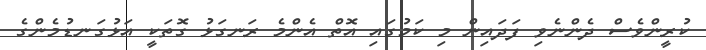
ކުރީންވެސް ދެންނެވި ފަދައިން މި ކަމުގައި އޮތް އެންމެ ރަނގަޅު ގޮތަކީ އަޅުގަނޑުމެންގެ